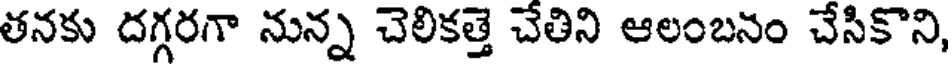
తనకు దగ్గరగా నున్న చెలికత్తె చేతిని ఆలంబనం చేసికొని,